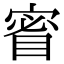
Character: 䁇